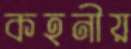
কহনীয়